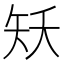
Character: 矨